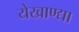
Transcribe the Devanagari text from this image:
येखाण्द्या